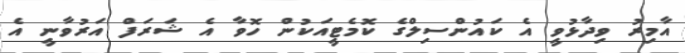
އާމިރު ވިދާޅުވީ އެ ކައުންސިލްގެ ކޮމެޓީއަކުން ހޮވާ އެ ޝަރަފް އަރުވާނީ އެ